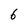
Character: 6